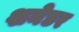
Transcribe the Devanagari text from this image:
शनेडर